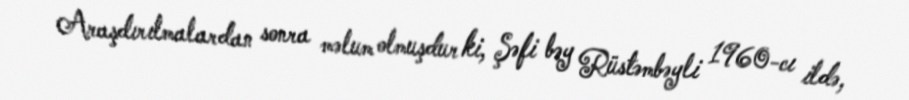
Araşdırılmalardan sonra məlum olmuşdur ki, Şəfi bəy Rüstəmbəyli 1960-cı ildə,